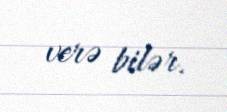
verə bilər.